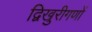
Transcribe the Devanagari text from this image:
द्विखुरीगणों